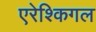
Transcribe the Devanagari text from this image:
एरेश्किगल